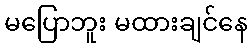
မပြောဘူး မထားချင်နေ